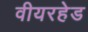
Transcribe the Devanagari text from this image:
वीयरहेड